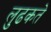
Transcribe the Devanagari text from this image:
लुढकते